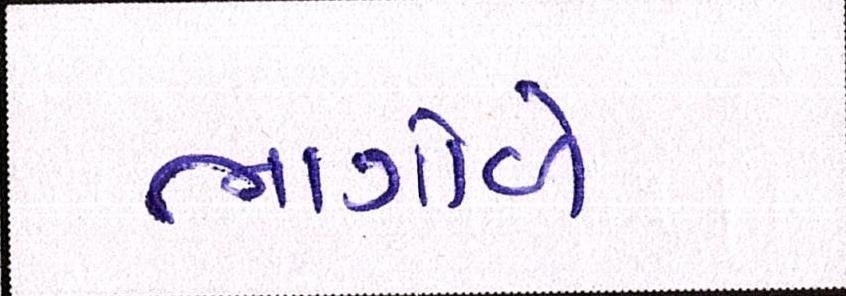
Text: ભાગોળે